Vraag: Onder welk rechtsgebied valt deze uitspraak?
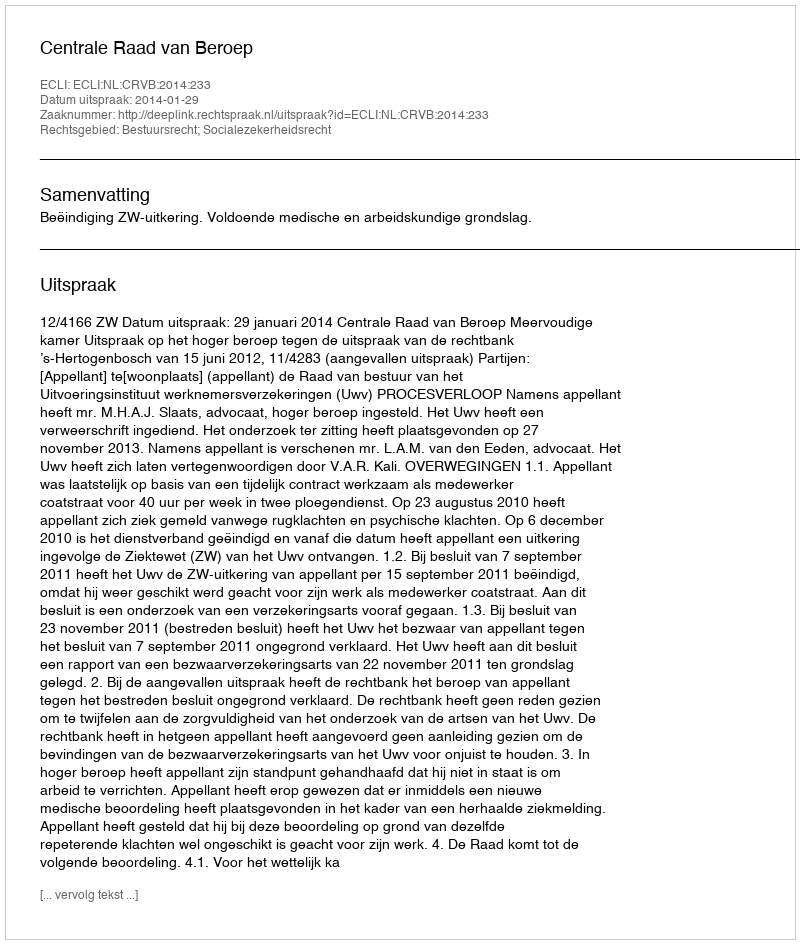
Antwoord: Bestuursrecht; Socialezekerheidsrecht